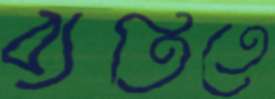
ব্যতিতে